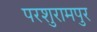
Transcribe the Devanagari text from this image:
परशुरामपुर